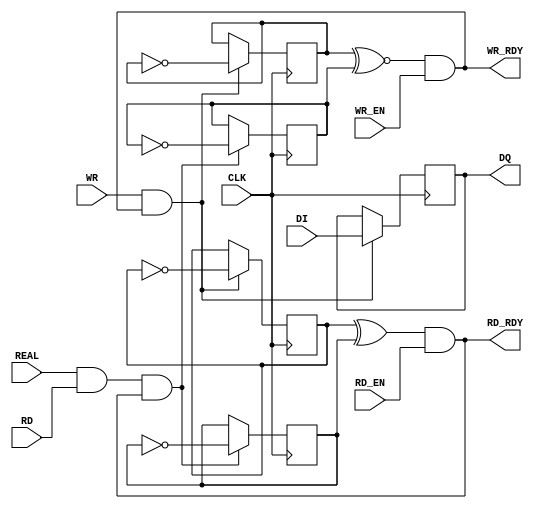



module semafor(CLK, DI, WR, WR_EN, RD, RD_EN, REAL, DQ, WR_RDY, RD_RDY);		
input CLK;
input DI;
input WR, WR_EN, RD, RD_EN;
input REAL;
output reg DQ;
output WR_RDY, RD_RDY;
reg MW_Q0, MW_Q1;
reg MR_Q0, MR_Q1;
reg WE_MW, WE_MR;
initial begin
	MW_Q0 <= 1'b0;
	MW_Q1 <= 1'b0;
	MR_Q0 <= 1'b0;
	MR_Q1 <= 1'b0;
end
always @(posedge CLK) begin
	if(WE_MW) begin 
		MW_Q0 <= ~MW_Q0;
		MW_Q1 <= ~MW_Q1;
		DQ <= DI;  		
	end
	if(WE_MR) begin 
		MR_Q0 <= ~MR_Q0;
		MR_Q1 <= ~MR_Q1;
	end		
end
always@(*) begin	
	WE_MW = WR & WR_RDY;
	WE_MR = REAL & RD & RD_RDY;	
end
assign WR_RDY = (MW_Q0 ~^ MR_Q1) & WR_EN;
assign RD_RDY =  (MW_Q1 ^ MR_Q0) & RD_EN;
endmodule